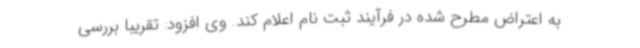
به اعتراض مطرح شده در فرآیند ثبت نام اعلام کند. وی افزود: تقریبا بررسی